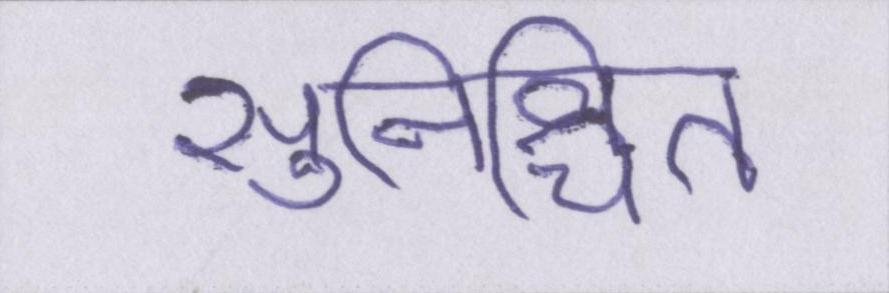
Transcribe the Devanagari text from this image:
सुनिश्चित